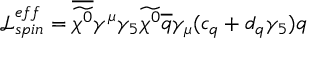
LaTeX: \mathcal { L } _ { s p i n } ^ { e f f } = \overline { { { \widetilde { \chi ^ { 0 } } } } } \gamma ^ { \mu } \gamma _ { 5 } \widetilde { \chi ^ { 0 } } \overline { { { q } } } \gamma _ { \mu } ( c _ { q } + d _ { q } \gamma _ { 5 } ) q